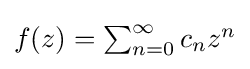
{\textstyle f(z)=\sum _{n=0}^{\infty }c_{n}z^{n}}